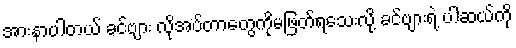
အားနာပါတယ် ခင်ဗျား လိုအပ်တာတွေကိုမဖြတ်ရသေးလို့ ခင်ဗျားရဲ့ ပါဆယ်ကို